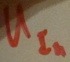
Text: UIn